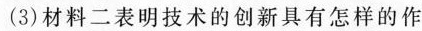
(3)材料二表明技术的创新具有怎样的作